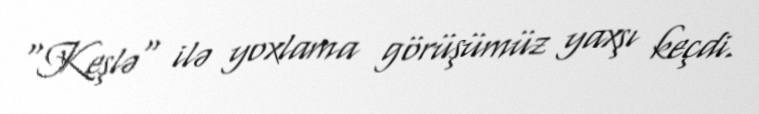
"Keşlə" ilə yoxlama görüşümüz yaxşı keçdi.